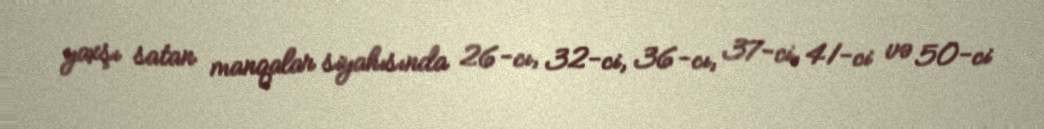
yaxşı satan manqalar siyahısında 26-cı, 32-ci, 36-cı, 37-ci, 41-ci və 50-ci